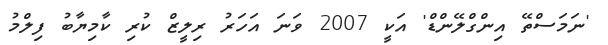
'ނަމަސްތޭ އިންގްލޭންޑް' އަކީ 2007 ވަނަ އަހަރު ރިލީޒް ކުރި ކާމިޔާބު ފިލްމު